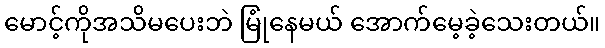
မောင့်ကိုအသိမပေးဘဲ မြုံနေမယ် အောက်မေ့ခဲ့သေးတယ်။